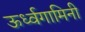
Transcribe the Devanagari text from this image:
ऊर्ध्वगामिनी